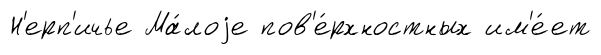
Н'ерп'ичье Ма́лоjе пов'е́рхностных им'е́ет